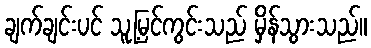
ချက်ချင်းပင် သူ့မြင်ကွင်းသည် မှိန်သွားသည်။